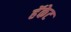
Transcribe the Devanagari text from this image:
हॅकेट